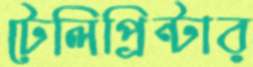
টেলিপ্রিন্টার